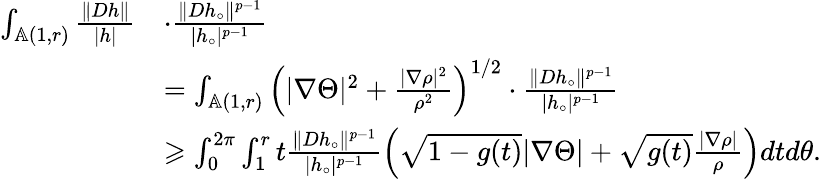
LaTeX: \begin{array}{rl}{\int_{\mathbb{A}(1,r)}\frac{\| Dh\| }{|h|}}&{\cdot\frac{\| Dh_{\circ}\| ^{p-1}}{|h_{\circ}|^{p-1}}}\\ &{=\int_{\mathbb{A}(1,r)}\left({|\nabla\Theta|^{2}}+\frac{|\nabla\rho|^{2}}{\rho^{2}}\right)^{1/2}\cdot\frac{\| Dh_{\circ}\| ^{p-1}}{|h_{\circ}|^{p-1}}}\\ &{\geqslant\int_{0}^{2\pi}\int_{1}^{r}t\frac{\| Dh_{\circ}\| ^{p-1}}{|h_{\circ}|^{p-1}}\left(\sqrt{1-g(t)}|\nabla\Theta|+\sqrt{g(t)}\frac{|\nabla\rho|}{\rho}\right)dtd\theta.}\end{array}